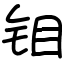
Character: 钼